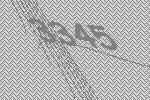
3345